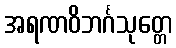
အရဏဝိဘင်္ဂသုတ္တေ